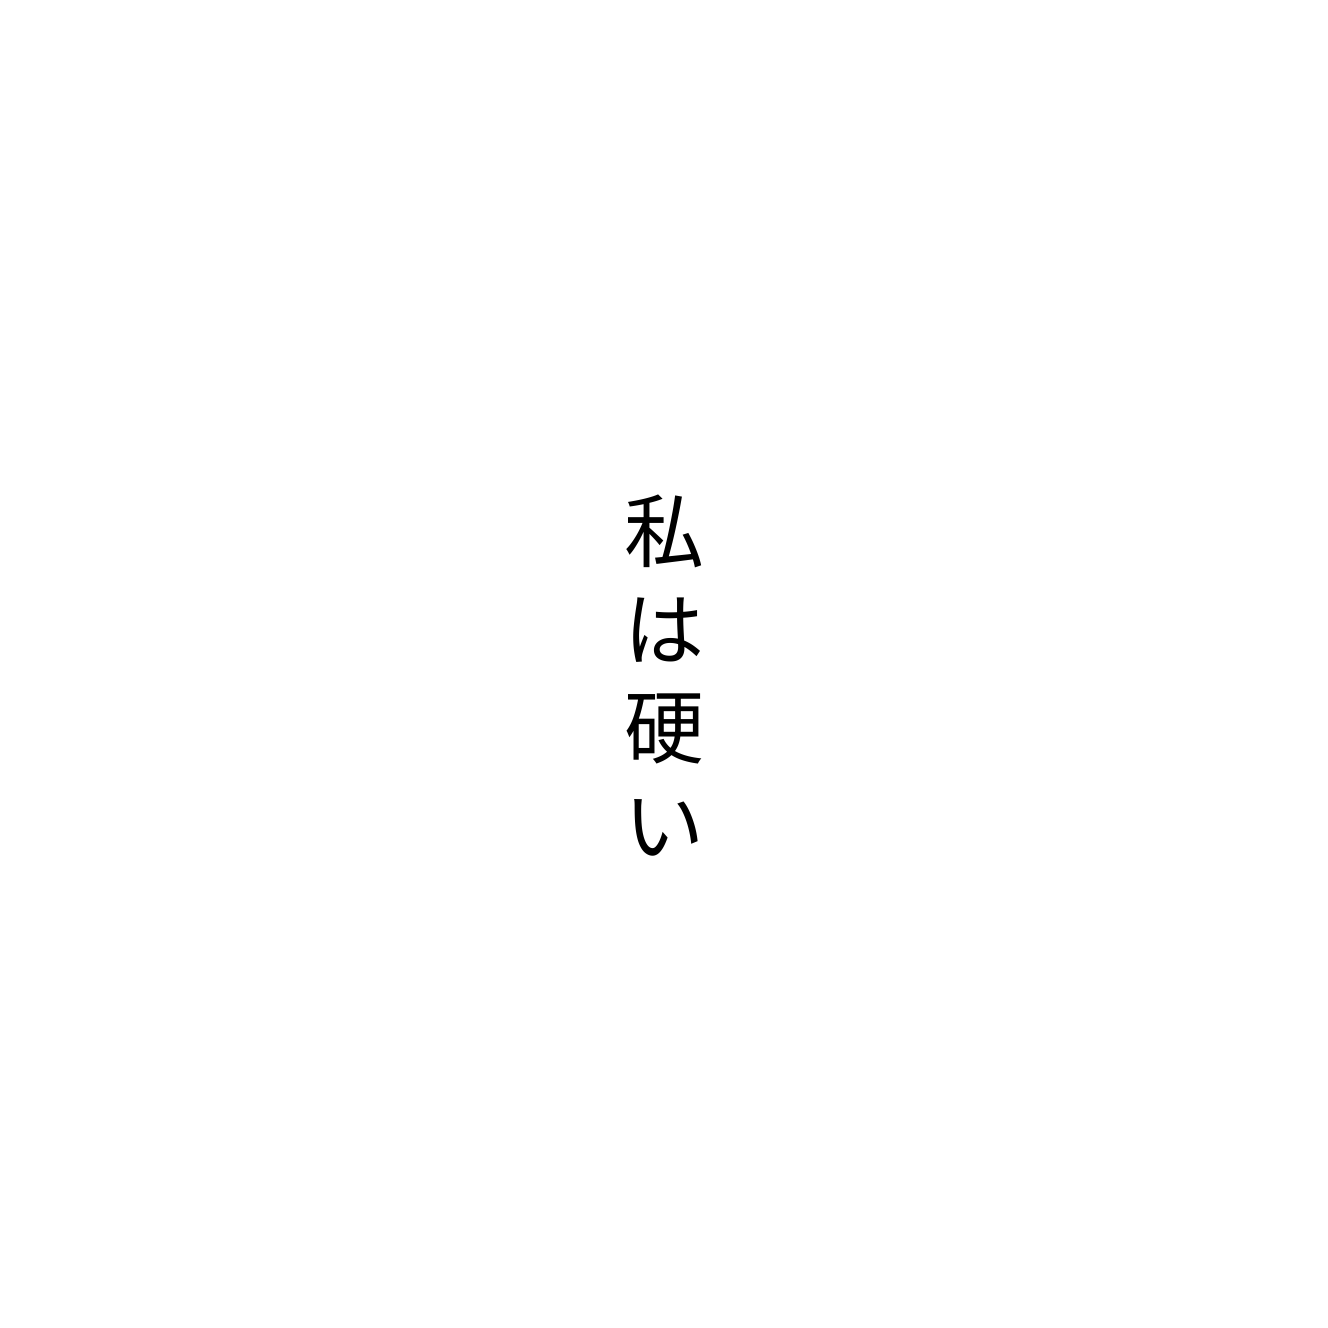
私は硬い